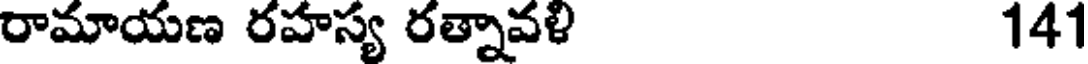
రామాయణ రహస్య రత్నావళి 141